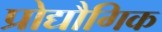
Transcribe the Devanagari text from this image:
प्रोद्यौगिक